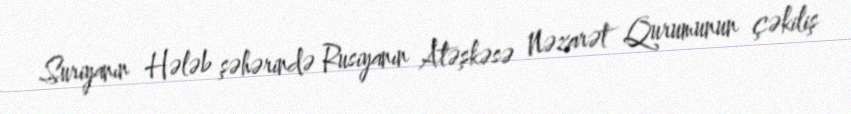
Suriyanın Hələb şəhərində Rusiyanın Atəşkəsə Nəzarət Qurumunun çəkiliş